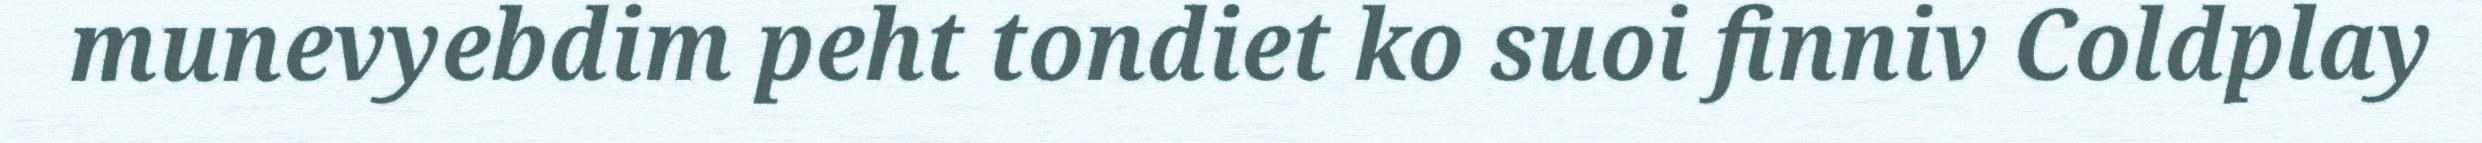
munevyebdim peht tondiet ko suoi finniv Coldplay